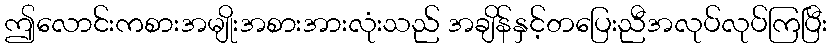
ဤလောင်းကစားအမျိုးအစားအားလုံးသည် အချိန်နှင့်တပြေးညီအလုပ်လုပ်ကြပြီး